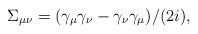
LaTeX: \begin{align*}\Sigma_{\mu \nu}=(\gamma_\mu \gamma_\nu-\gamma_\nu\gamma_\mu)/(2 i),\end{align*}